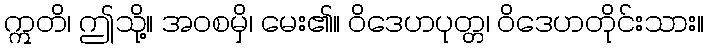
ဣတိ၊ ဤသို့။ အဝစမှိ၊ မေး၏။ ဝိဒေဟပုတ္တ၊ ဝိဒေဟတိုင်းသား။